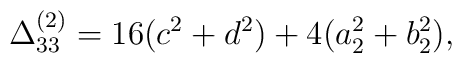
\Delta_{33}^{(2)}= 16(c^{2}+d^{2})+4(a_{2}^{2}+b_{2}^{2}),